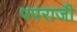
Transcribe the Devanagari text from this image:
पपराजी